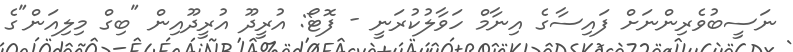
ނަސީބުވެރިންނަށް ފައިސާގެ އިނާމް ހަވާލުކުރަނީ - ފޮޓޯ: އުރީދޫ އުރީދޫއިން "ބިގް މިލިއަން"ގެ